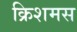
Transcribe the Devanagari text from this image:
क्रिशमस